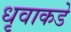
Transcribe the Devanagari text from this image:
धृवाकडे